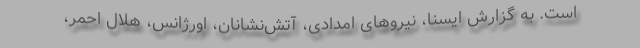
است. به گزارش ایسنا، نیروهای امدادی، آتش‌نشانان، اورژانس، هلال احمر،